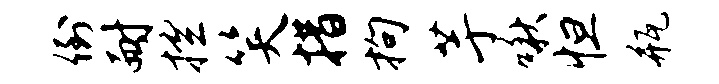
倒耐控笑措拘芋啾怛瓶